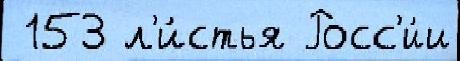
 153 л'и́стья Росс'и́и